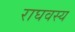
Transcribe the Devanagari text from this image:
राघवस्य